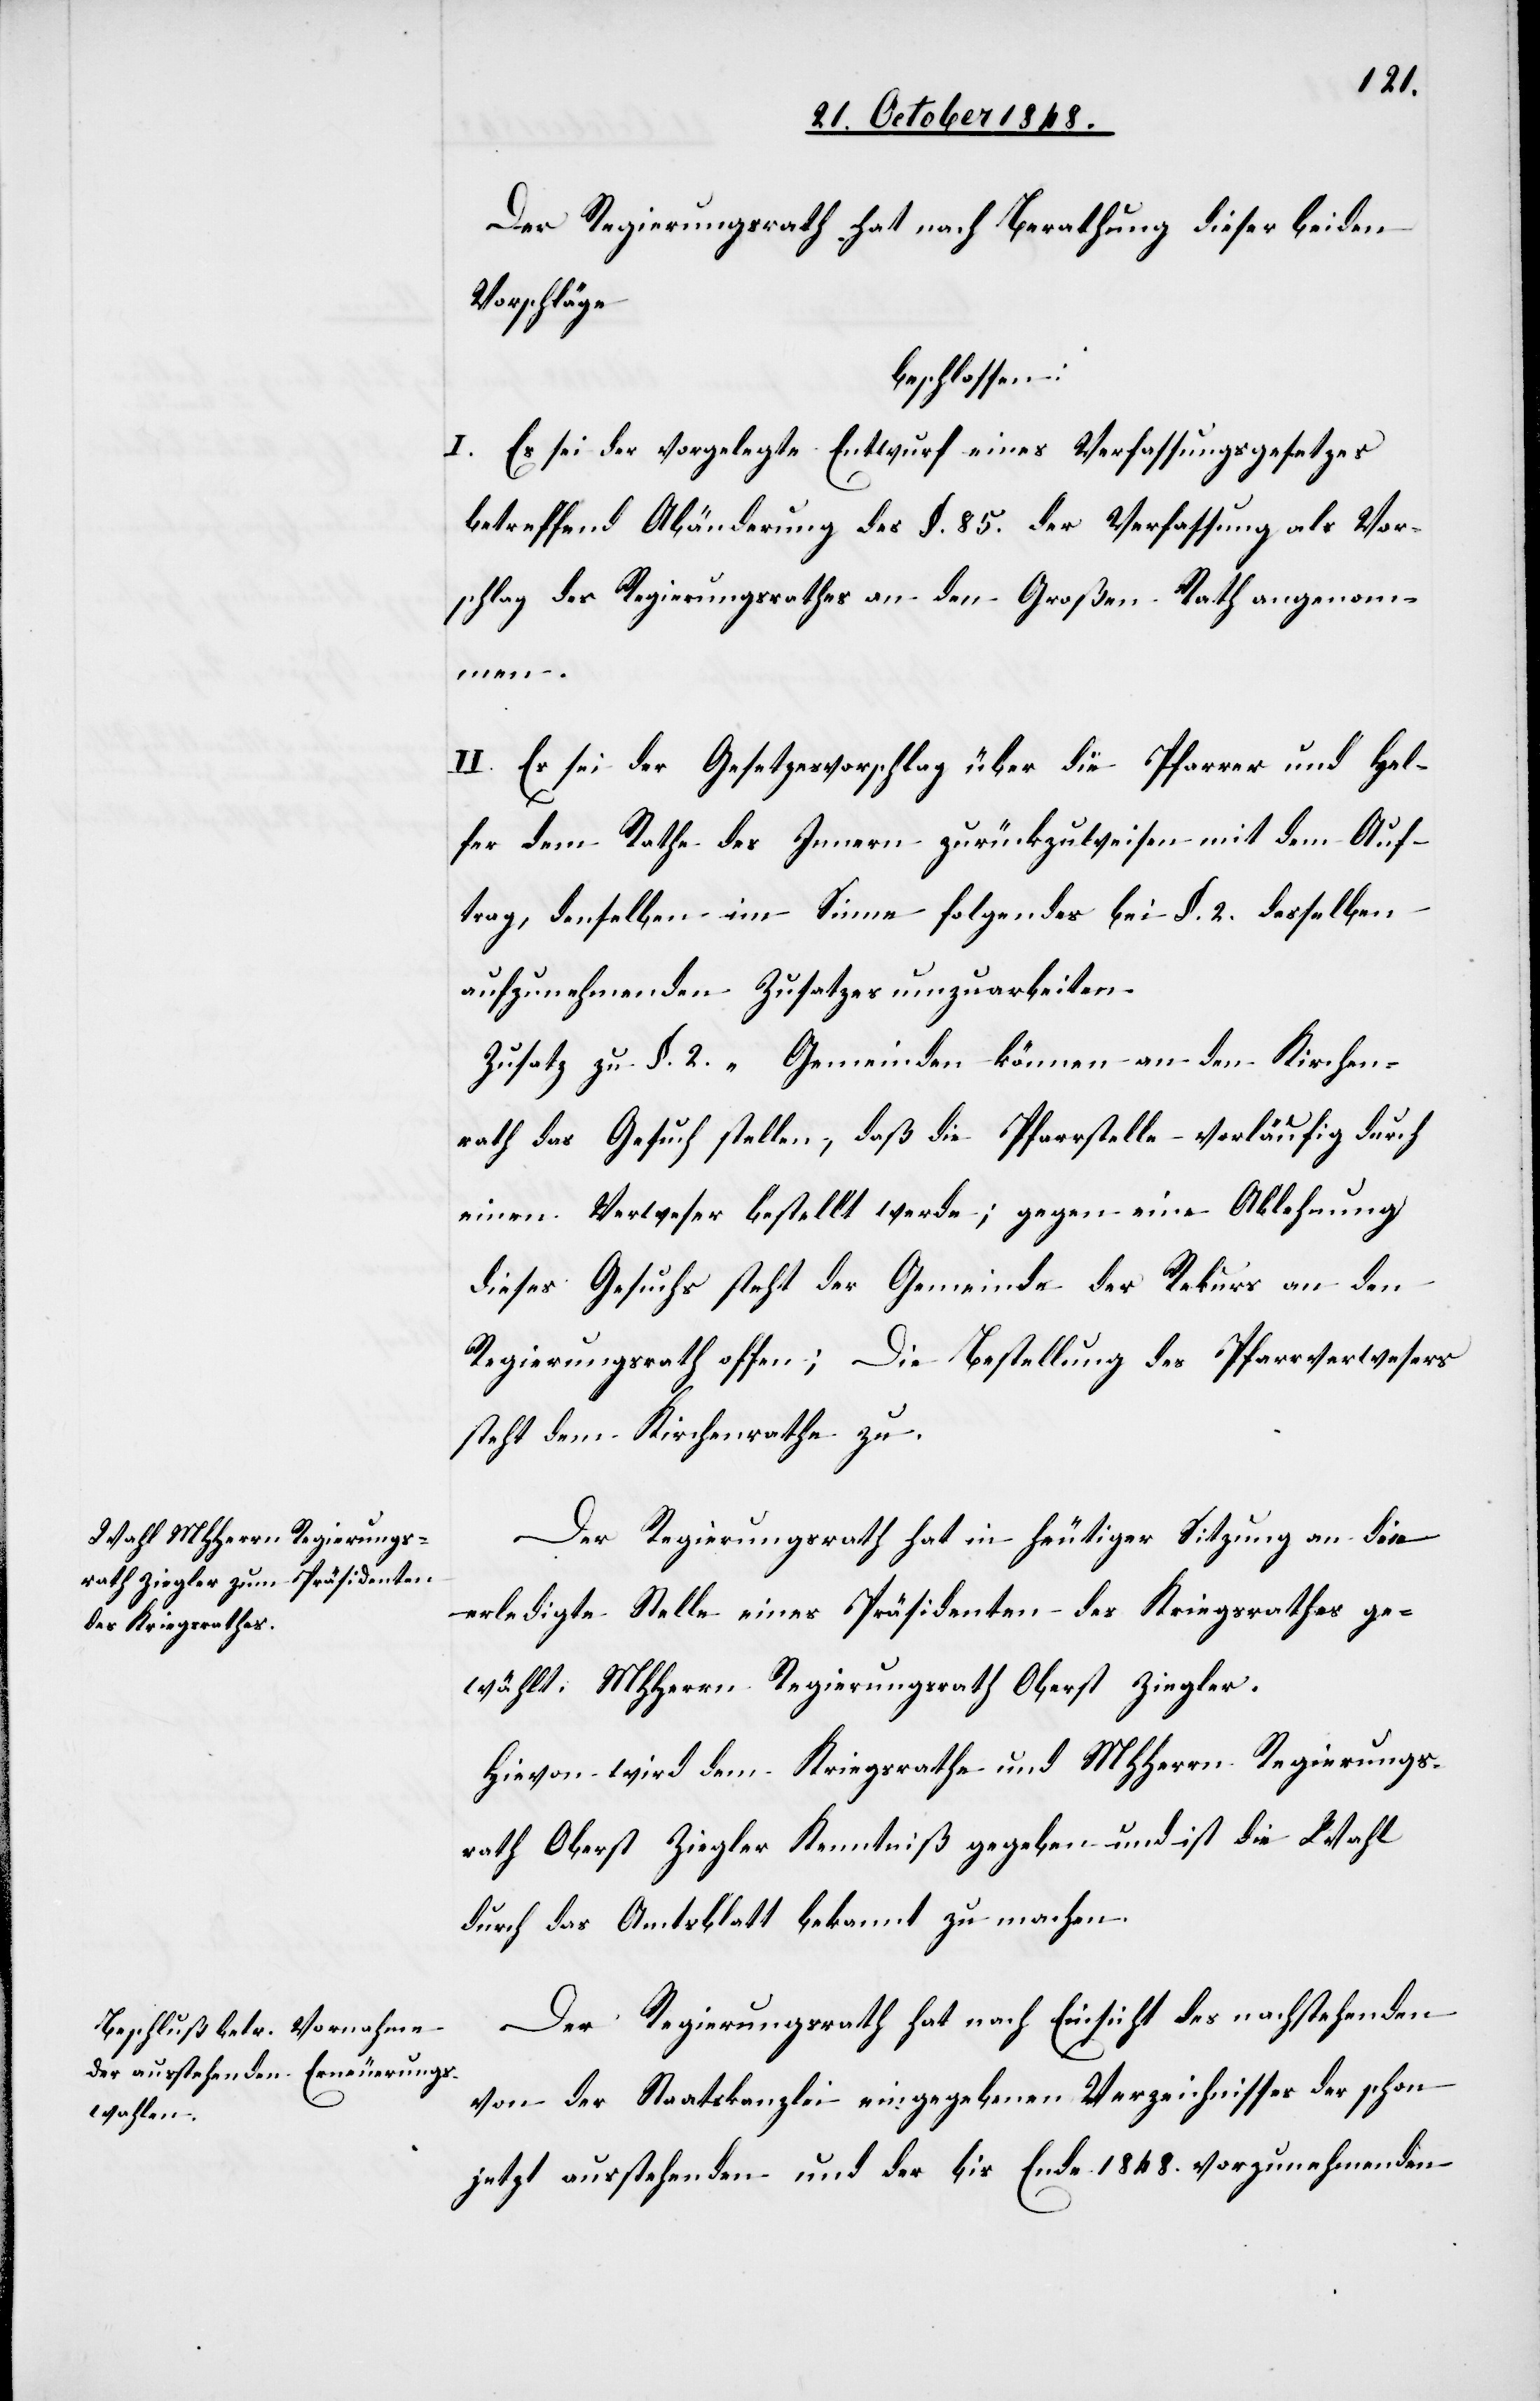
Der Regierungsrath hat nach Berathung dieser beiden
Vorschläge
beschlossen:
I. Es sei der vorgelegte Entwurf eines Verfassungsgesetzes
betreffend Abänderung des §. 85. der Verfassung als Vor¬
schlag des Regierungsrathes an den Großen Rath angenom¬
u.[“]
II. Es sei der Gesetzesvorschlag über die Pfarrer und Hel¬
fer dem Rathe des Innern zurückzuweisen mit dem Auf¬
trag, denselben im Sinne folgendes bei §. 2. desselben
aufzunehmenden Zusatzes umzuarbeiten.
Zusatz zu §. 2. „Gemeinden können an den Kirchen¬
rath das Gesuch stellen, daß die Pfarrstelle vorläufig durch
einen Verweser bestellt werde; gegen eine Ablehnung
dieses Gesuchs steht der Gemeinde der Rekurs an den
Regierungsrath offen; Die Bestellung des Pfarrverwesers
steht dem Kirchenrathe z¬
Der Regierungsrath hat in heutiger Sitzung an die
erledigte Stelle eines Präsidenten des Kriegsrathes ge¬
wählt: MHHerrn Regierungsrath Oberst Ziegler.
Hievon wird dem Kriegsrathe und MHHerrn Regierungs¬
rath Oberst Ziegler Kenntniß gegeben und ist die Wahl
durch das Amtsblatt bekannt zu machen.
Der Regierungsrath hat nach Einsicht des nachstehenden
von der Staatskanzlei eingegebenen Verzeichnisses der schon
jetzt ausstehenden und der bis Ende 1848. vorzunehmenden